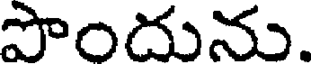
పొందును.